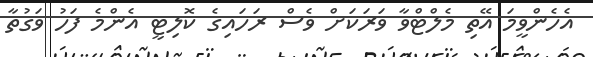
އެހެންވީމަ އޭތި މެލްޓްވާ ވަރަކަށް ވެސް ރަހައިގެ ކޮލިޓީ އެންމެ ފަހު ވަގުތާ